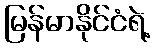
မြန်မာနိုင်ငံရဲ့